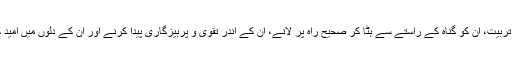
ہمارا عقیدہ ہے کہ مسئلہ شفاعت،عوام کی تربیت، ان کو گناہ کے راستے سے ہٹا کر صحیح راہ پر لانے، ان کے اندر تقویٰ و پرہیزگاری پیدا کرنے اور ان کے دلوں میں امید کی کرن پیدا کرنے کا ایک اہم ذریعہ ہے ۔